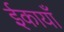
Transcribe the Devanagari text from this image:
ईकायाँ